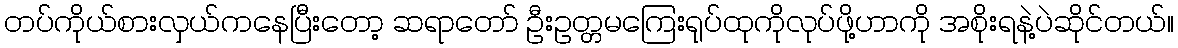
တပ်ကိုယ်စားလှယ်ကနေပြီးတော့ ဆရာတော် ဦးဥတ္တမကြေးရုပ်ထုကိုလုပ်ဖို့ဟာကို အစိုးရနဲ့ပဲဆိုင်တယ်။